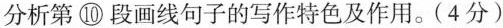
分析第⑩段画线句子的写作特色及作用。(4分)